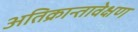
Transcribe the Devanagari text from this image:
अतिक्रान्तावेक्षण